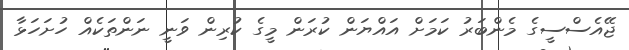
ޖޭއެސްސީގެ މެންބަރު ކަމަށް އައްޔަން ކުރަން މީގެ ކުރިން ވަނީ ނަންތަކެއް ހުށަހަޅާ